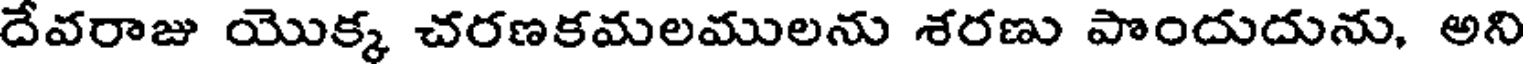
దేవరాజు యొక్క చరణకమలములను శరణు పొందుదును, అని